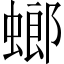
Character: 螂